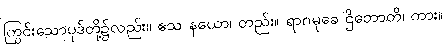
ကြွင်းသောပုဒ်တို့၌လည်း။ ဧသ နယော၊ တည်း။ ရာဂမုခေ ဌိတောတိ၊ ကား။